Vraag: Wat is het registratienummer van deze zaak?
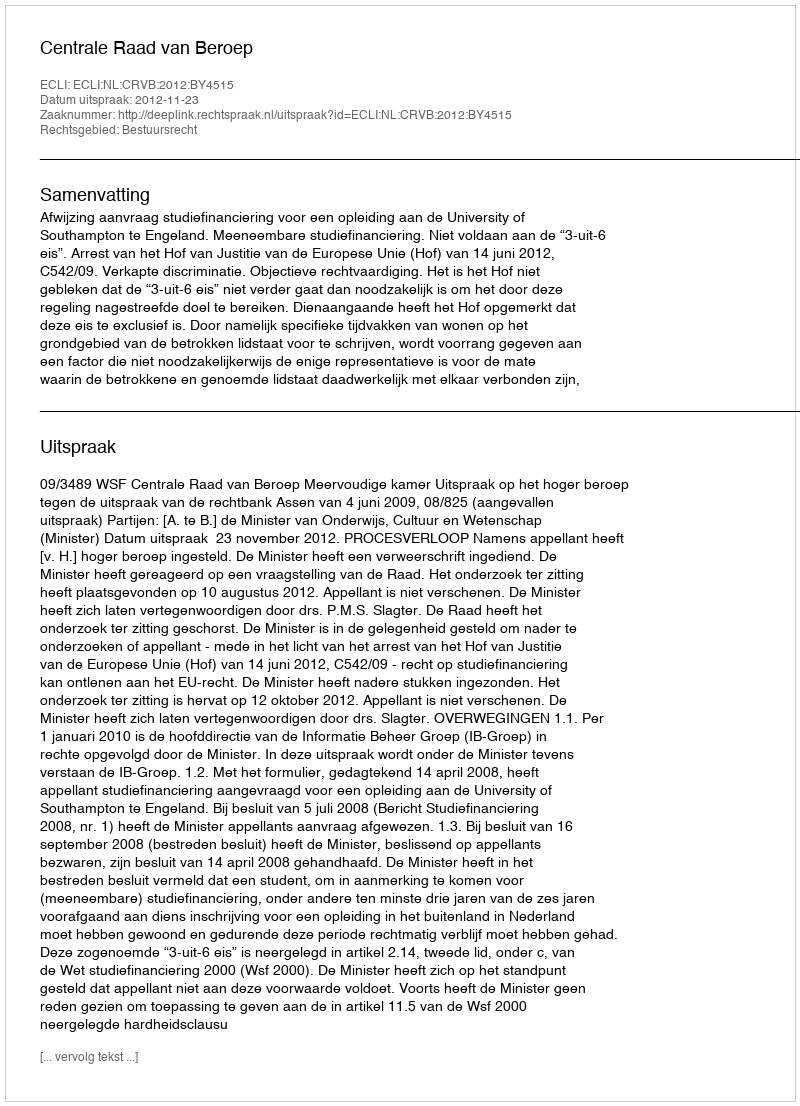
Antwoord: http://deeplink.rechtspraak.nl/uitspraak?id=ECLI:NL:CRVB:2012:BY4515